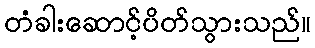
တံခါးဆောင့်ပိတ်သွားသည်။